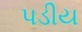
પડીય